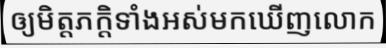
ឲ្យមិត្តភក្តិទាំងអស់មកឃើញលោក